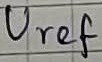
Text: Uref